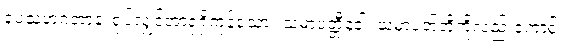
ရူပသဟဂတာနံ၊ ရုပ်လျှင်အာရုံရှိကုန်သော။ သမာပတ္တီနံဝါ၊ သမာပတ်တိုကိုလည်းကောင်း။